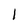
Character: l